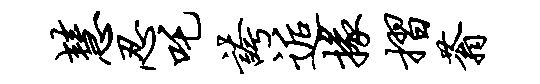
慧忍吒夸逅掾摺蓊